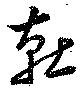
燕